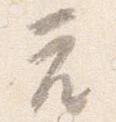
座